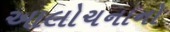
આલોચનાનો